Scottish Leaving Certificate Examination, 1957
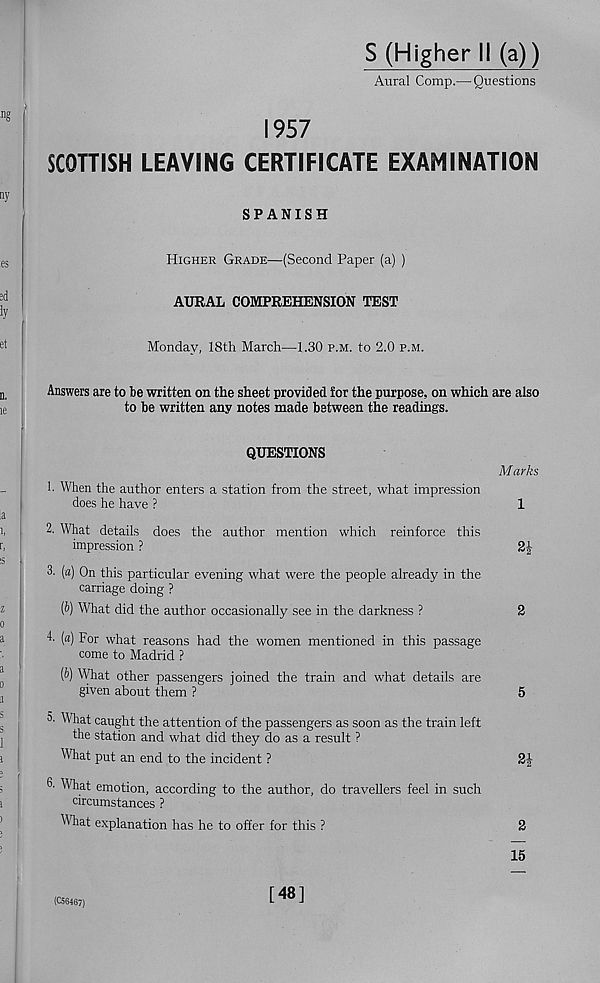
S (Higher II (a))
Aural Comp.— Questions
1957
SCOTTISH LEAVING CERTIFICATE EXAMINATION
SPANISH
Higher Grade—(Second Paper (a) )
AURAL COMPREHENSION TEST
Monday, 18th March—1.30 p.m. to 2.0 p.m.
Answers are to be written on the sheet provided tor the purpose, on which are also
to be written any notes made between the readings.
QUESTIONS
1. When the author enters a station from the street, what impression
does he have ?
M arks
1
2. What details does the author mention which reinforce this
impression ?
3. (a) On this particular evening what were the people already in the
carriage doing ?
(t) What did the author occasionally see in the darkness ?
2
4- (a) For what reasons had the women mentioned in this passage
come to Madrid ?
(b) What other passengers joined the train and what details are
given about them ?
5
3. What caught the attention of the passengers as soon as the train left
the station and what did they do as a result ?
What put an end to the incident ?
2A
6. What emotion, according to the author, do travellers feel in such
circumstances ?
What explanation has he to offer for this ?
2
15
(C56467)
[48]